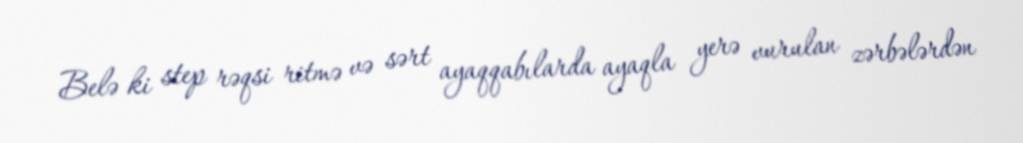
Belə ki step rəqsi ritmə və sərt ayaqqabılarda ayaqla yerə vurulan zərbələrdən